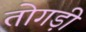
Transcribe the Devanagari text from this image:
तोगड़ी